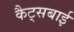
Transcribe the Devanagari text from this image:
कैट्सबाई